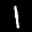
Label: 1